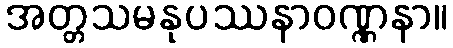
အတ္တသမနုပဿနာဝဏ္ဏနာ။